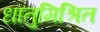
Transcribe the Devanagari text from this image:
धातुमिश्रित